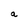
Character: a